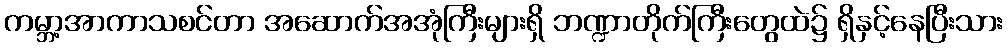
ကမ္ဘာ့အာကာသစင်တာ အဆောက်အအုံကြီးများရှိ ဘဏ္ဍာတိုက်ကြီးတွေထဲ၌ ရှိနှင့်နေပြီးသား